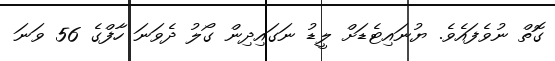
ގޮތް ނުވެފައެވެ. ޔުނައިޓެޑަށް ލީޑު ނަގައިދިން ގޯލު ދެވަނަ ހާފްގެ 56 ވަނަ